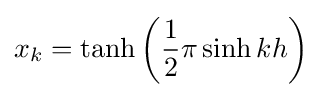
x_{k}=\tanh \left({\frac {1}{2}}\pi \sinh kh\right)